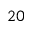
2 0